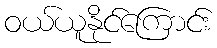
ဝယ်ယူနိုင်ကြောင်း